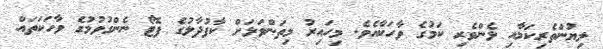
ލިޔުންތެރިކަމާއި ޅެންވެރި ކަމުގެ ވާހަކާއެވެ. މިހައިރު މިތަންވަޅަށް ކާފުދާލުގެ ފޮޓޯ ނެންގުވުމުގެ ވާހަކަތައް